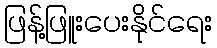
ဖြန့်ဖြူးပေးနိုင်ရေး